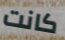
كانت